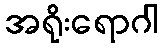
အရိုးရောဂါ